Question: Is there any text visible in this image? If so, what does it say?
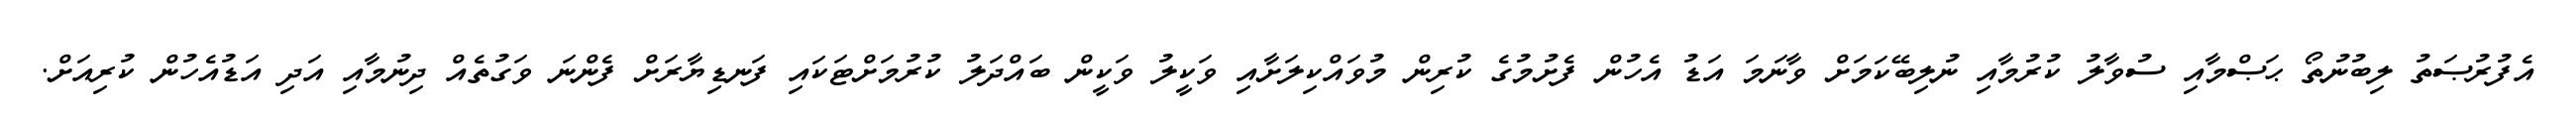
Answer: އެފުރުޞަތު ލިބުނުތޯ ޙަޞްމާއި ސުވާލު ކުރުމާއި ނުލިބޭކަމަށް ވާނަމަ އަޑު އެހުން ފެށުމުގެ ކުރިން މުވައްކިލަށާއި ވަކީލު ވަކީން ބައްދަލު ކުރުމަށްޓަކައި ފަނޑިޔާރަށް ފެންނަ ވަގުތެއް ދިނުމާއި އަދި އަޑުއެހުން ކުރިއަށް.